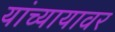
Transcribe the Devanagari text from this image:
यांच्यायावर